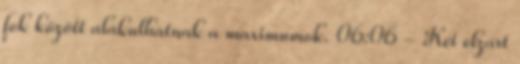
fok között alakulhatnak a maximumok. 06:06 - Két elzárt